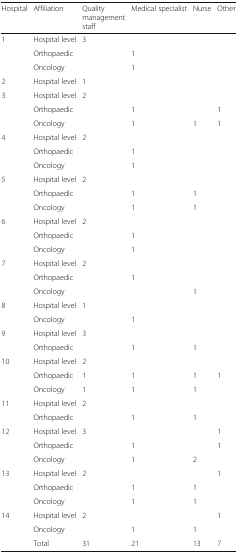
<table><thead><tr><td><b>Hospital</b></td><td><b>Affiliation</b></td><td><b>Quality management staff</b></td><td><b>Medical specialist</b></td><td><b>Nurse</b></td><td><b>Other</b></td></tr></thead><tbody><tr><td>1</td><td>Hospital level</td><td>3</td><td></td><td></td><td></td></tr><tr><td></td><td>Orthopaedic</td><td></td><td>1</td><td></td><td></td></tr><tr><td></td><td>Oncology</td><td></td><td>1</td><td></td><td></td></tr><tr><td>2</td><td>Hospital level</td><td>1</td><td></td><td></td><td></td></tr><tr><td>3</td><td>Hospital level</td><td>2</td><td></td><td></td><td></td></tr><tr><td></td><td>Orthopaedic</td><td></td><td>1</td><td></td><td>1</td></tr><tr><td></td><td>Oncology</td><td></td><td>1</td><td>1</td><td>1</td></tr><tr><td>4</td><td>Hospital level</td><td>2</td><td></td><td></td><td></td></tr><tr><td></td><td>Orthopaedic</td><td></td><td>1</td><td></td><td></td></tr><tr><td></td><td>Oncology</td><td></td><td>1</td><td></td><td></td></tr><tr><td>5</td><td>Hospital level</td><td>2</td><td></td><td></td><td></td></tr><tr><td></td><td>Orthopaedic</td><td></td><td>1</td><td>1</td><td></td></tr><tr><td></td><td>Oncology</td><td></td><td>1</td><td>1</td><td></td></tr><tr><td>6</td><td>Hospital level</td><td>2</td><td></td><td></td><td></td></tr><tr><td></td><td>Orthopaedic</td><td></td><td>1</td><td></td><td></td></tr><tr><td></td><td>Oncology</td><td></td><td>1</td><td></td><td></td></tr><tr><td>7</td><td>Hospital level</td><td>2</td><td></td><td></td><td></td></tr><tr><td></td><td>Orthopaedic</td><td></td><td>1</td><td></td><td></td></tr><tr><td></td><td>Oncology</td><td></td><td></td><td>1</td><td></td></tr><tr><td>8</td><td>Hospital level</td><td>1</td><td></td><td></td><td></td></tr><tr><td></td><td>Oncology</td><td></td><td>1</td><td></td><td></td></tr><tr><td>9</td><td>Hospital level</td><td>3</td><td></td><td></td><td></td></tr><tr><td></td><td>Orthopaedic</td><td></td><td>1</td><td>1</td><td></td></tr><tr><td>10</td><td>Hospital level</td><td>2</td><td></td><td></td><td></td></tr><tr><td></td><td>Orthopaedic</td><td>1</td><td>1</td><td>1</td><td>1</td></tr><tr><td></td><td>Oncology</td><td>1</td><td>1</td><td>1</td><td></td></tr><tr><td>11</td><td>Hospital level</td><td>2</td><td></td><td></td><td></td></tr><tr><td></td><td>Orthopaedic</td><td></td><td>1</td><td>1</td><td></td></tr><tr><td>12</td><td>Hospital level</td><td>3</td><td></td><td></td><td>1</td></tr><tr><td></td><td>Orthopaedic</td><td></td><td>1</td><td></td><td>1</td></tr><tr><td></td><td>Oncology</td><td></td><td>1</td><td>2</td><td></td></tr><tr><td>13</td><td>Hospital level</td><td>2</td><td></td><td></td><td>1</td></tr><tr><td></td><td>Orthopaedic</td><td></td><td>1</td><td>1</td><td></td></tr><tr><td></td><td>Oncology</td><td></td><td>1</td><td>1</td><td></td></tr><tr><td>14</td><td>Hospital level</td><td>2</td><td></td><td></td><td>1</td></tr><tr><td></td><td>Oncology</td><td></td><td>1</td><td>1</td><td></td></tr><tr><td></td><td>Total</td><td>31</td><td>21</td><td>13</td><td>7</td></tr></tbody></table>